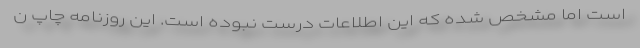
است اما مشخص شده که این اطلاعات درست نبوده است. این روزنامه چاپ ن